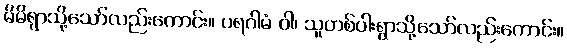
မိမိရွာသို့သော်လည်းကောင်း။ ပရဂါမံ ဝါ၊ သူတစ်ပါးရွာသို့သော်လည်းကောင်း။